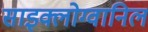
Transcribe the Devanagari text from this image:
साइक्लोग्वानिल